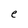
Character: e